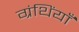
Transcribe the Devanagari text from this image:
ग्रंथिंयाँ